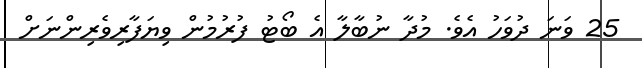
25 ވަނަ ދުވަހު އެވެ. މުދާ ނުބާލާ އެ ބޯޓު ފުރުމުން ވިޔަފާރިވެރިންނަށް